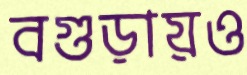
বগুড়ায়ও